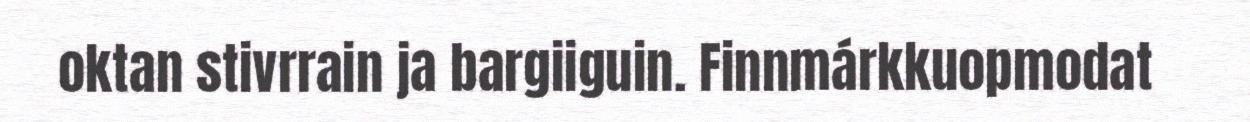
oktan stivrrain ja bargiiguin. Finnmárkkuopmodat